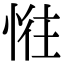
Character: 𢛛